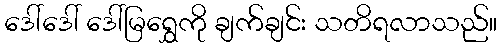
ဒေါ်ဒေါ် ဒေါ်မြရွှေကို ချက်ချင်း သတိရလာသည်။